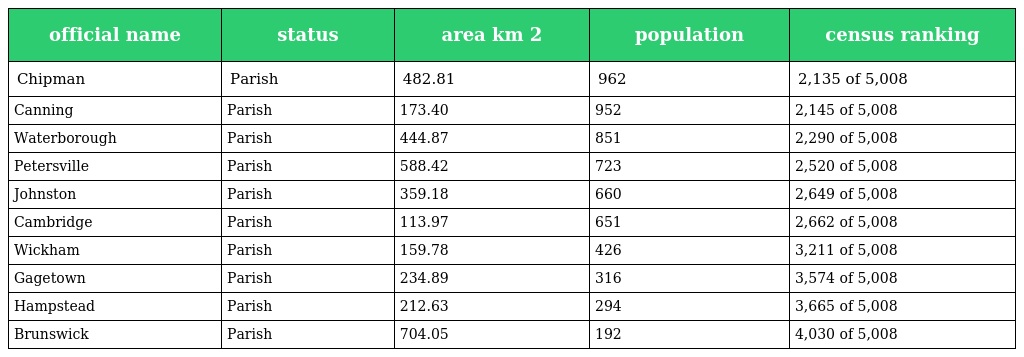
| official name | status | area km 2 | population | census ranking |
 | --- | --- | --- | --- | --- |
 | Chipman | Parish | 482.81 | 962 | 2,135 of 5,008 |
 | Canning | Parish | 173.40 | 952 | 2,145 of 5,008 |
 | Waterborough | Parish | 444.87 | 851 | 2,290 of 5,008 |
 | Petersville | Parish | 588.42 | 723 | 2,520 of 5,008 |
 | Johnston | Parish | 359.18 | 660 | 2,649 of 5,008 |
 | Cambridge | Parish | 113.97 | 651 | 2,662 of 5,008 |
 | Wickham | Parish | 159.78 | 426 | 3,211 of 5,008 |
 | Gagetown | Parish | 234.89 | 316 | 3,574 of 5,008 |
 | Hampstead | Parish | 212.63 | 294 | 3,665 of 5,008 |
 | Brunswick | Parish | 704.05 | 192 | 4,030 of 5,008 |